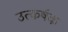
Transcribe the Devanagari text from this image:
उत्कर्षक